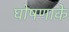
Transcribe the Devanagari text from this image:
घोषणाके